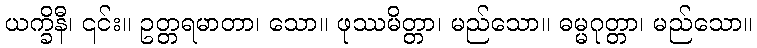
ယက္ခိနီ၊ ၎င်း။ ဥတ္တရမာတာ၊ သော။ ဖုဿမိတ္တာ၊ မည်သော။ ဓမ္မဂုတ္တာ၊ မည်သော။